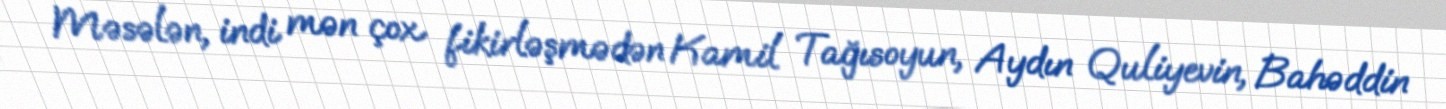
Məsələn, indi mən çox fikirləşmədən Kamil Tağısoyun, Aydın Quliyevin, Bahəddin